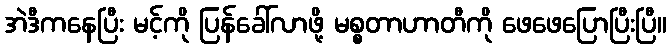
အဲဒီကနေပြီး မင့်ကို ပြန်ခေါ်လာဖို့ မစ္စတာဟာတီကို ဖေဖေပြောပြီးပြီ။